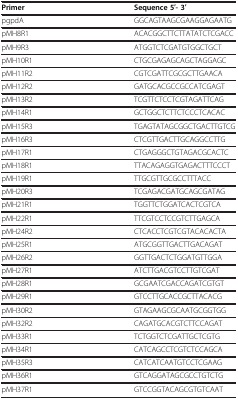
<table><thead><tr><td><b>Primer</b></td><td><b>Sequence 5′- 3′</b></td></tr></thead><tbody><tr><td>pgpdA</td><td>GGCAGTAAGCGAAGGAGAATG</td></tr><tr><td>pMH8R1</td><td>ACACGGCTTCTTATATCTCGACC</td></tr><tr><td>pMH9R3</td><td>ATGGTCTCGATGTGGCTGCT</td></tr><tr><td>pMH10R1</td><td>CTGCGAGAGCAGCTAGGAGC</td></tr><tr><td>pMH11R2</td><td>CGTCGATTCGCGCTTGAACA</td></tr><tr><td>pMH12R2</td><td>GATGCACGCCGCCATCGAGT</td></tr><tr><td>pMH13R2</td><td>TCGTTCTCCTCGTAGATTCAG</td></tr><tr><td>pMH14R1</td><td>GCTGGCTCTTCTCCCTCACAC</td></tr><tr><td>pMH15R3</td><td>TGAGTATAGCGGCTGACTTGTCG</td></tr><tr><td>pMH16R3</td><td>CTCGTTGACTTGCAGGCCTTG</td></tr><tr><td>pMH17R1</td><td>CTGAGGGCTGTAGACGCACTC</td></tr><tr><td>pMH18R1</td><td>TTACAGAGGTGAGACTTTCCCT</td></tr><tr><td>pMH19R1</td><td>TTGCGTTGCGCCTTTACC</td></tr><tr><td>pMH20R3</td><td>TCGAGACGATGCAGCGATAG</td></tr><tr><td>pMH21R1</td><td>TGGTTCTGGATCACTCGTCA</td></tr><tr><td>pMH22R1</td><td>TTCGTCCTCCGTCTTGAGCA</td></tr><tr><td>pMH24R2</td><td>CTCACCTCGTCGTACACACTA</td></tr><tr><td>pMH25R1</td><td>ATGCGGTTGACTTGACAGAT</td></tr><tr><td>pMH26R2</td><td>GGTTGACTCTGGATGTTGGA</td></tr><tr><td>pMH27R1</td><td>ATCTTGACGTCCTTGTCGAT</td></tr><tr><td>pMH28R1</td><td>GCGAATCGACCAGATCGTGT</td></tr><tr><td>pMH29R1</td><td>GTCCTTGCACCGCTTACACG</td></tr><tr><td>pMH30R2</td><td>GTAGAAGCGCAATGCGGTGG</td></tr><tr><td>pMH32R2</td><td>CAGATGCACGTCTTCCAGAT</td></tr><tr><td>pMH33R1</td><td>TCTGGTCTCGATTGCTCGTG</td></tr><tr><td>pMH34R1</td><td>CATCAGCCTCGTCTCCAGCA</td></tr><tr><td>pMH35R3</td><td>CATCATCAATGTCCTCGAAG</td></tr><tr><td>pMH36R1</td><td>GTCAGGATAGCGCCTGTCTG</td></tr><tr><td>pMH37R1</td><td>GTCCGGTACAGCGTGTCAAT</td></tr></tbody></table>